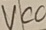
Text: VCC